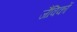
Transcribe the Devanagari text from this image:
जैविकों